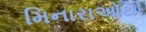
મિનારાઓથી